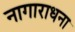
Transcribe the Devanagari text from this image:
नागाराधना